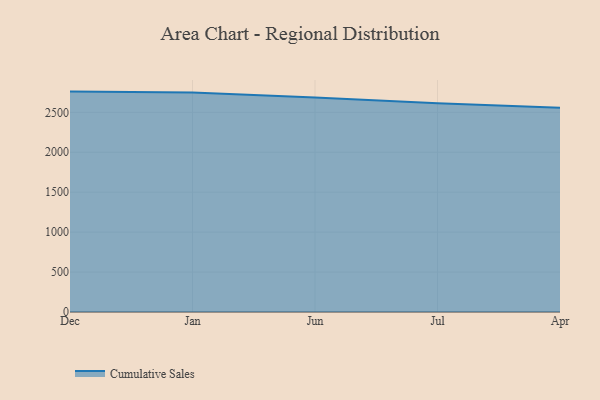
{"axis": {"x": "Month", "y": "Inventory Turnover"}, "legend": ["Cumulative Sales"], "data": [{"x": "Dec", "y": 2759.5, "type": "Cumulative Sales"}, {"x": "Jan", "y": 2747.8, "type": "Cumulative Sales"}, {"x": "Jun", "y": 2684.5, "type": "Cumulative Sales"}, {"x": "Jul", "y": 2612.4, "type": "Cumulative Sales"}, {"x": "Apr", "y": 2557.2, "type": "Cumulative Sales"}]}